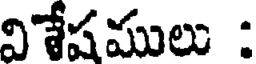
విశేషములు :